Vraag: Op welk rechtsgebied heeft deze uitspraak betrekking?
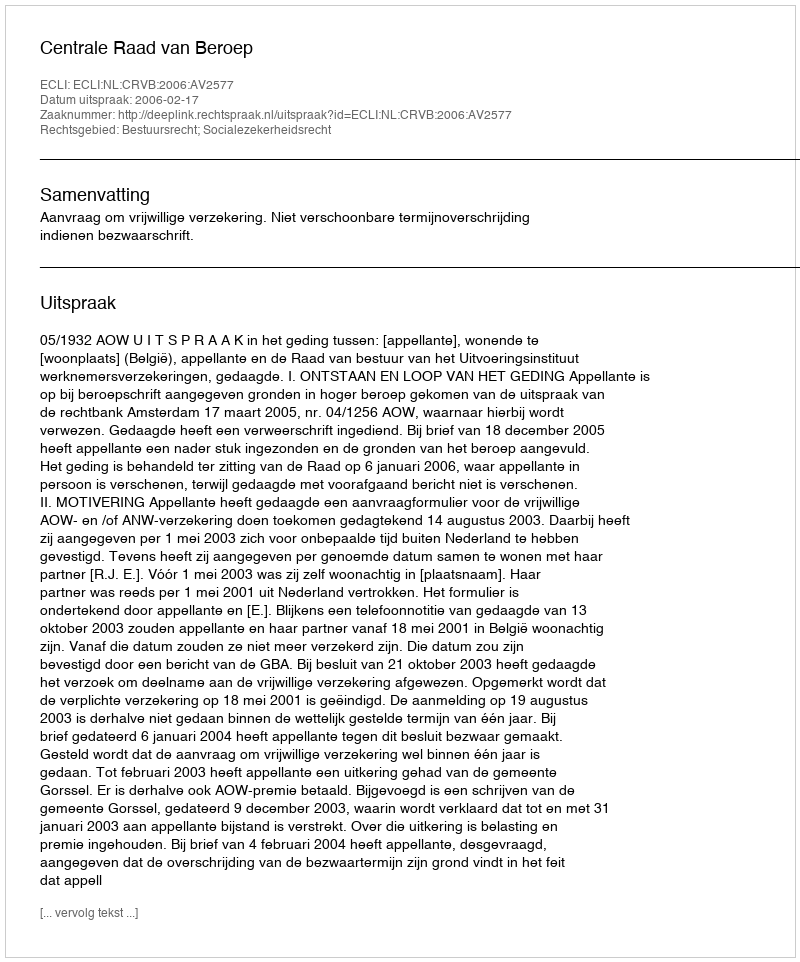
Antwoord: Bestuursrecht; Socialezekerheidsrecht